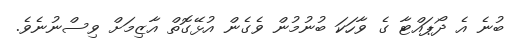
ބުނެ އެ ދޯޕައްޓާ ގެ ވާހަކަ ބުނުމުން ވެގެން އުޅޭގޮތް އާޒިމަށް ވިސްނުނެވެ.